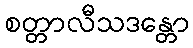
စတ္တာလီသဒန္တော